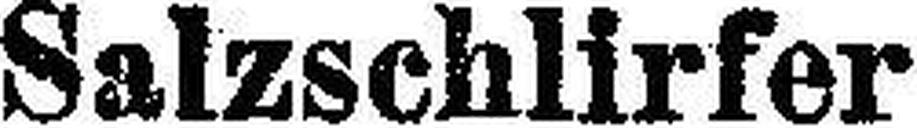
Salzschlirfer